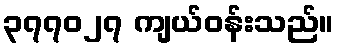
၃၇၇၀၂၇ ကျယ်ဝန်းသည်။